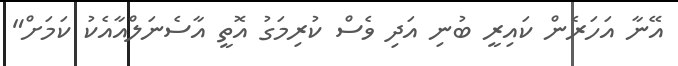
އޭނާ އަހަރެން ކައިރީ ބުނި އަދި ވެސް ކުރިމަގު އޮތީ އާސެނަލްއާއެކު ކަމަށް"